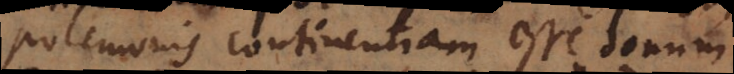
Polemonis continentiam esse donum